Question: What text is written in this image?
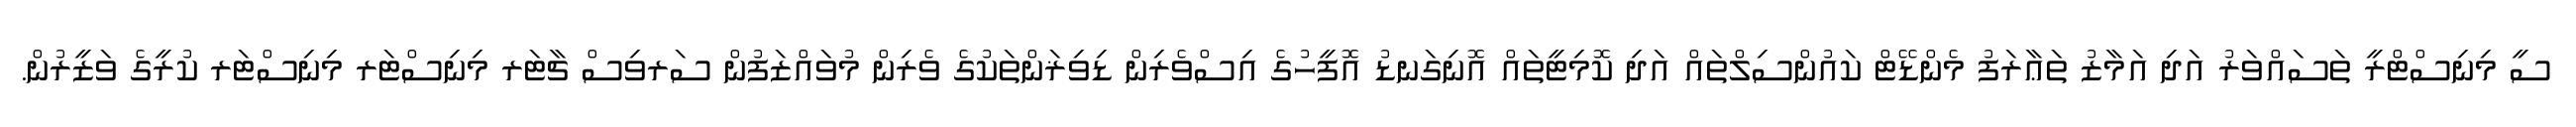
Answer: ސީ މިނިސްޓްރީ ތަސައްވަރު އަދި އަމާޒު ތަޢާރަފު މެންޑޭޓް ކައުންސިލްތައް އަދި ކޮމިޓީތައް އޮނިގަނޑު އޮފީހުގެ އިސްވެރިން ޑިވިޜަންތަކުގެ ވެރިން މުވައްޒަފުން ސަރވިސް ޗާޓަރ މިނިސްޓަރ މިނިސްޓަރ ކުރީގެ ވަޒީރުން.